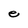
Character: e